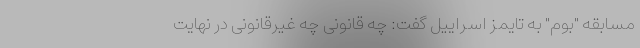
مسابقه "بوم" به تایمز اسراییل گفت: چه قانونی چه غیرقانونی در نهایت